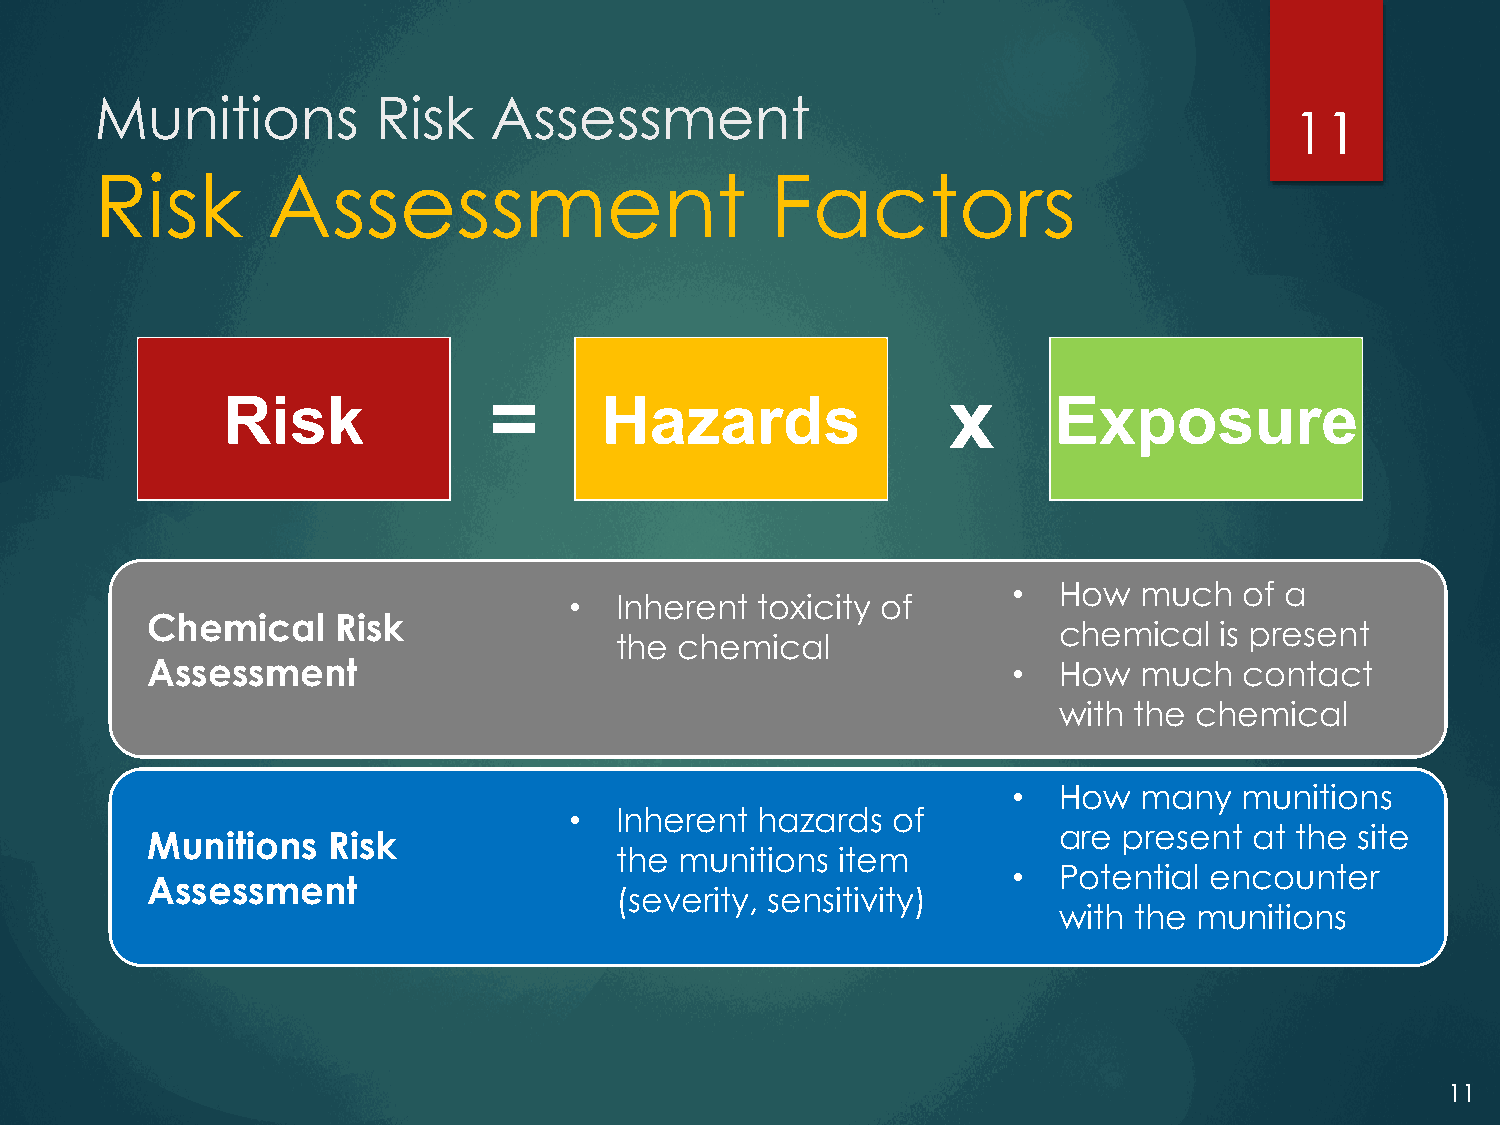
Munitions          Risk   Assessment
 11
 Risk        Assessment                       Factors
 Risk             =       Hazards                x      Exposure
 •  How  much   of a
 •  Inherent toxicity of
 Chemical    Risk
 chemical   is present
 the chemical
 Assessment                                               •  How  much   contact
 with the chemical
 •  How  many   munitions
 •  Inherent hazards  of
 are present  at the site
 Munitions   Risk
 the munitions  item
 •  Potential encounter
 Assessment
 (severity, sensitivity)
 with the munitions
 11